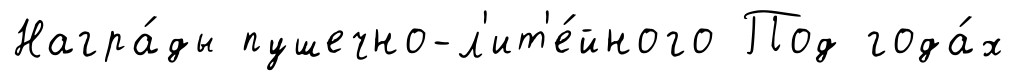
Награ́ды пушечно-л'ит'е́йного Под года́х